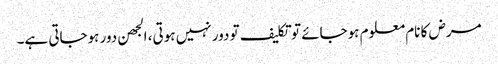
مرض کا نام معلوم ہوجائے تو تکلیف تو دور نہیں ہوتی، الجھن دور ہوجاتی ہے۔